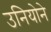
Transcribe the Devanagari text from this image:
उनियोने